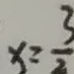
x = \frac { 3 } { 2 }